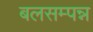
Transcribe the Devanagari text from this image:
बलसम्पन्न